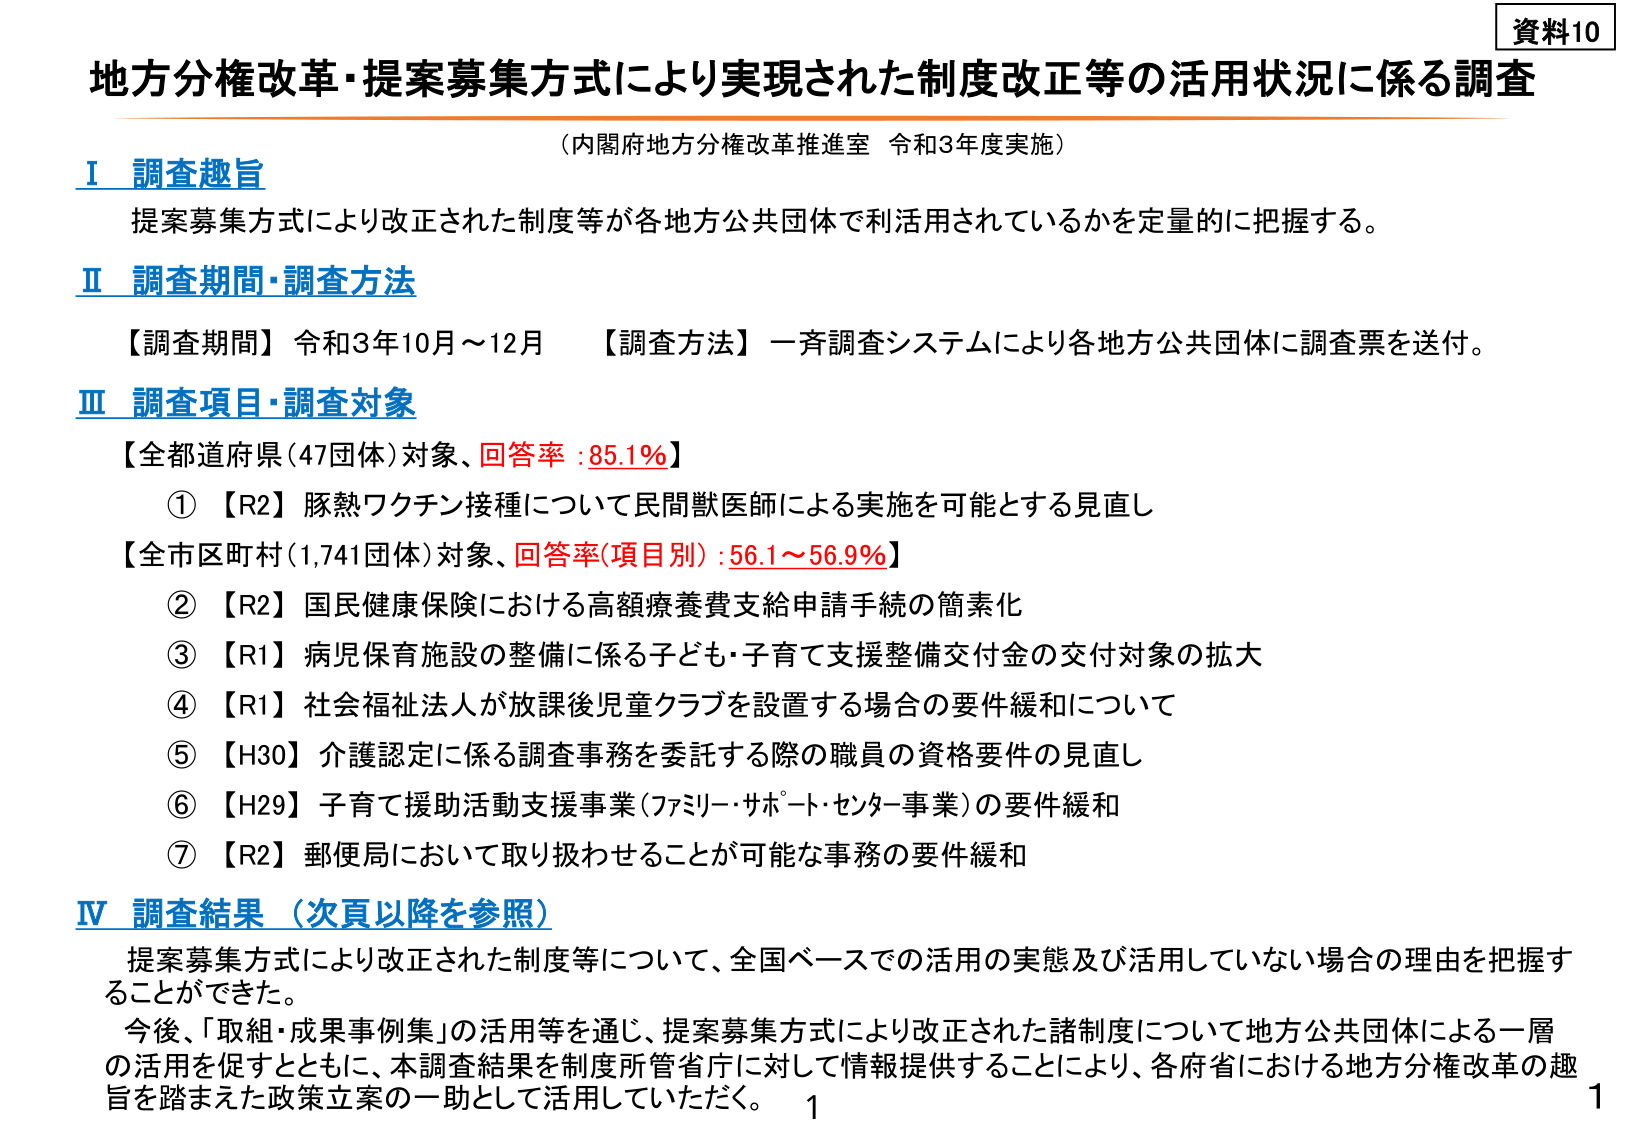
資料10
地方分権改革・提案募集方式により実現された制度改正等の活用状況に係る調査
（内閣府地方分権改革推進室 令和3年度実施）

Ⅰ 調査趣旨
提案募集方式により改正された制度等が各地方公共団体で利活用されているかを定量的に把握する。

Ⅱ 調査期間・調査方法
【調査期間】令和3年10月～12月
【調査方法】一斉調査システムにより各地方公共団体に調査票を送付。

Ⅲ 調査項目・調査対象
【全都道府県（47団体）対象、回答率：85.1％】
①【R2】豚熱ワクチン接種について民間獣医師による実施を可能とする見直し
【全市区町村（1,741団体）対象、回答率（項目別）：56.1～56.9％】
②【R2】国民健康保険における高額療養費支給申請手続の簡素化
③【R1】病児保育施設の整備に係る子ども・子育て支援整備交付金の交付対象の拡大
④【R1】社会福祉法人が放課後児童クラブを設置する場合の要件緩和について
⑤【H30】介護認定に係る調査事務を委託する際の職員の資格要件の見直し
⑥【H29】子育て援助活動支援事業（ファミリーサポートセンター事業）の要件緩和
⑦【R2】郵便局において取り扱わせることが可能な事務の要件緩和

Ⅳ 調査結果（次頁以降を参照）
提案募集方式により改正された制度等について、全国ベースでの活用の実態及び活用していない場合の理由を把握することができた。
今後、「取組・成果事例集」の活用等を通じ、提案募集方式により改正された諸制度について地方公共団体による一層の活用を促すとともに、本調査結果を制度所管省庁に対して情報提供することにより、各府省における地方分権改革の趣旨を踏まえた政策立案の一助として活用していただく。

1